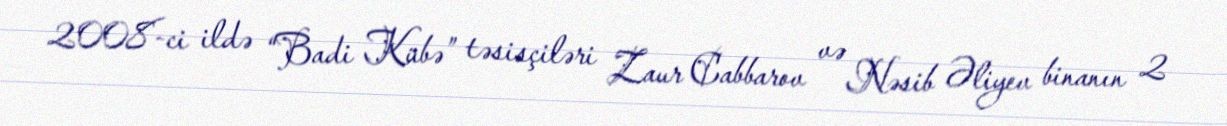
2008-ci ildə “Badi Kübə” təsisçiləri Zaur Cabbarov və Nəsib Əliyev binanın 2